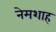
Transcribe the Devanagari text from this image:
नेमशाह